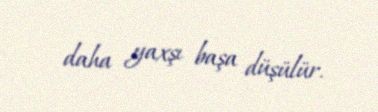
daha yaxşı başa düşülür.